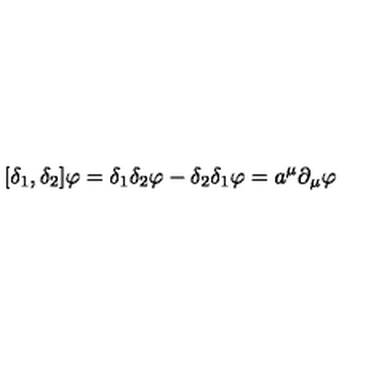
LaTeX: [ \delta _ { 1 } , \delta _ { 2 } ] \varphi = \delta _ { 1 } \delta _ { 2 } \varphi - \delta _ { 2 } \delta _ { 1 } \varphi = a ^ { \mu } \partial _ { \mu } \varphi